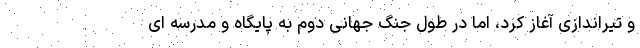
و تیراندازی آغاز کرد، اما در طول جنگ جهانی دوم به پایگاه و مدرسه ای